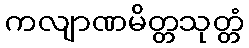
ကလျာဏမိတ္တသုတ္တံ